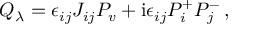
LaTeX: Q _ { \lambda } = \epsilon _ { i j } J _ { i j } P _ { v } + \mathrm { i } \epsilon _ { i j } P _ { i } ^ { + } P _ { j } ^ { - } \, ,